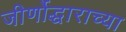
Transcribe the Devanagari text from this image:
जीर्णोद्धाराच्या